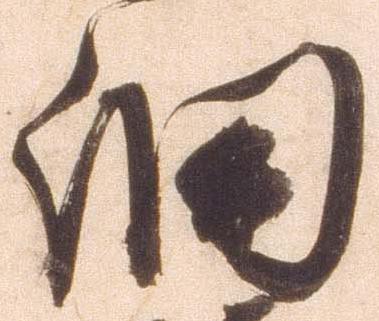
細